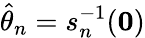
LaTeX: {\hat{\theta}}_{n}=s_{n}^{-1}(\mathbf{0})